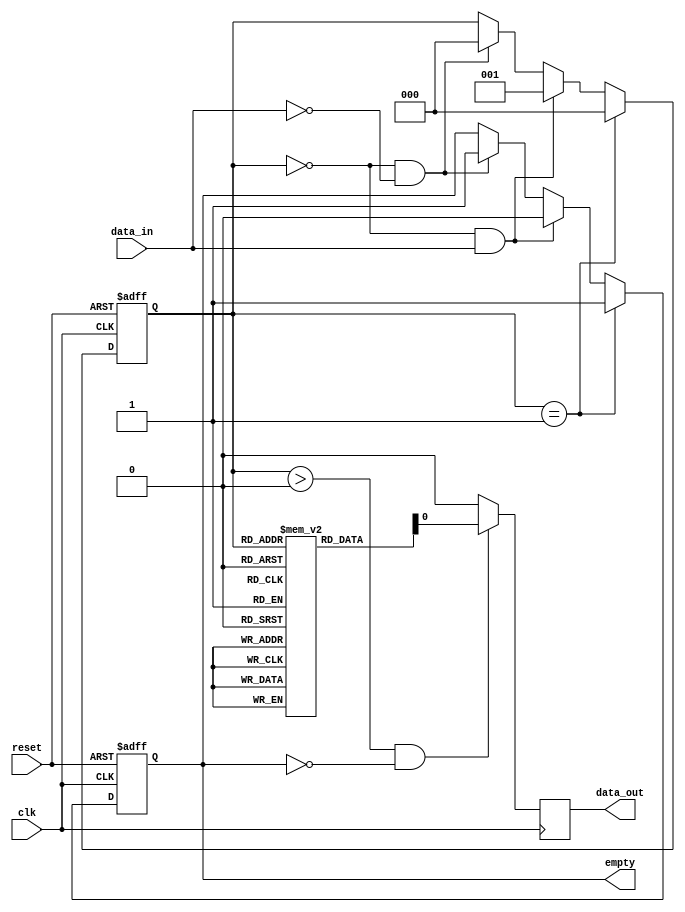
module Almost_Empty_FIFO (
    input wire clk,      // Clock signal
    input wire reset,    // Reset signal
    input wire data_in,  // Input data signal
    output wire data_out, // Output data signal
    output wire empty     // Empty signal
);

reg [7:0] buffer [0:7]; // 8-bit buffer with 8 storage locations
reg [2:0] fill_level;   // Fill level counter

always @(posedge clk or posedge reset) begin
    if (reset) begin
        fill_level <= 0;
        empty <= 1;
    end else if (fill_level == 1) begin
        fill_level <= 0;
        empty <= 1;
    end else if (fill_level == 0 && data_in) begin
        fill_level <= 1;
        empty <= 0;
    end else if (fill_level == 0 && !data_in) begin
        fill_level <= 0;
        empty <= 1;
    end
end

always @(posedge clk) begin
    if (fill_level > 0 && !empty) begin
        data_out <= buffer[fill_level];
    end else begin
        data_out <= 0;
    end
end

endmodule